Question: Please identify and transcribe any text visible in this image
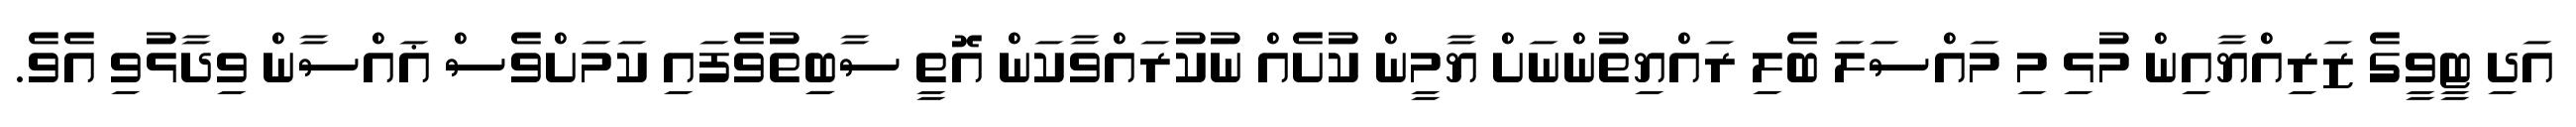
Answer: އަދި ޓީވީގެ ޒަރިއްޔާއިން މުޅި މި މައްސަލަ ބެލި ރައްޔިތުންނަށް ޔާމީން ކުށެއް ނުކުރައްވާކަން އޮތީ ސާބިިތުވެފައި ކަމަށްވެސް ޣައްސާން ވިދާޅުވި އެވެ.